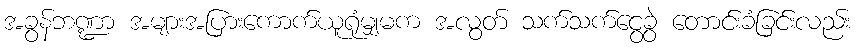
အခွန်ဘဏ္ဍာ အများအပြားကောက်ယူရုံမျှမက အလွတ် သက်သက်ငွေခွဲ တောင်းခံခြင်းလည်း